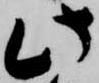
此